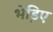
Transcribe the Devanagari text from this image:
भेडि़ए